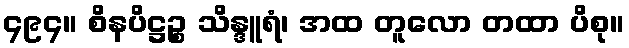
၄၉၄။ စိနပိဋ္ဌဉ္စ သိန္ဒူရံ၊ အထ တူလော တထာ ပိစု။